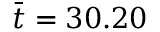
\bar { t } = 3 0 . 2 0